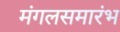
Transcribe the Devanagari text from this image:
मंगलसमारंभ